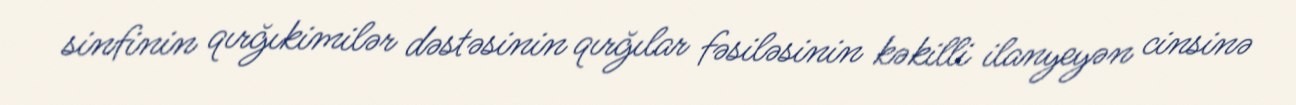
sinfinin qırğıkimilər dəstəsinin qırğılar fəsiləsinin kəkilli ilanyeyən cinsinə